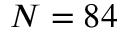
N = 8 4